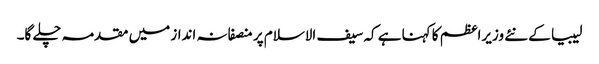
لیبیا کے نئے وزیراعظم کا کہنا ہے کہ سیف الاسلام پر منصفانہ انداز میں مقدمہ چلے گا۔